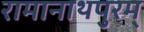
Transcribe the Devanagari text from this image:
रामानाथपुरम्